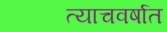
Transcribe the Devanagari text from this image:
त्याचवर्षात